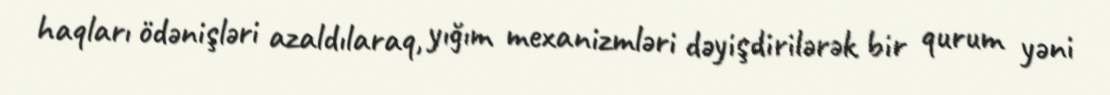
haqları ödənişləri azaldılaraq, yığım mexanizmləri dəyişdirilərək bir qurum yəni